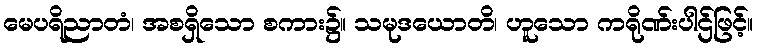
မေပရိညာတံ၊ အစရှိသော စကား၌။ သမုဒယောတိ၊ ဟူသော ကရိုဏ်းပါဌ်ဖြင့်။